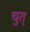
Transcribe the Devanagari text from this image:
चुत्